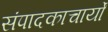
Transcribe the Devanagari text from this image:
संपादकाचार्यों